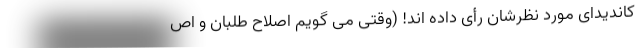
کاندیدای مورد نظرشان رأی داده اند! (وقتی می گویم اصلاح طلبان و اص